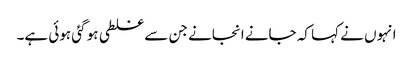
انہوں نے کہا کہ جانے انجانے جن سے غلطی ہو گئی ہوئی ہے۔